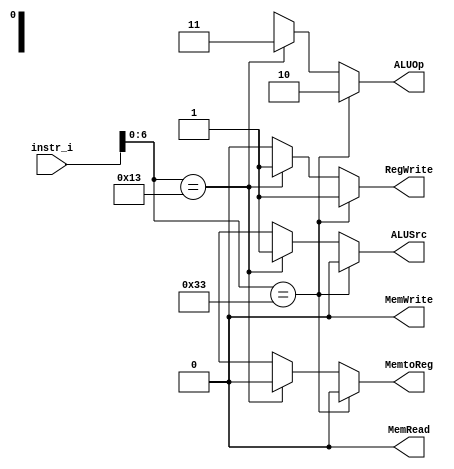
/***************************************************
Student Name:  
Student ID: 0716080 0716203
***************************************************/

`timescale 1ns/1ps

module Decoder(
	input [31:0] 	instr_i,
	output          ALUSrc,
	output          MemtoReg,
	output          RegWrite,
	output          MemRead,
	output          MemWrite,
	output [1:0]	ALUOp
	);

/* Write your code HERE */
wire [6:0] opcode;
assign opcode = instr_i[6:0];

assign ALUOp = (opcode == 7'b0110011)?2'b10: //R-type
			   (opcode == 7'b0010011)?2'b11: //I-type
			   2'bxx;
				
assign ALUSrc = (opcode == 7'b0110011)?0: //R-type
				(opcode == 7'b0010011)?1: //I-type
				1'bx;
				
assign MemtoReg = (opcode == 7'b0110011)?0: //R-type
				  (opcode == 7'b0010011)?0: //I-type
				  1'bx;

assign RegWrite = (opcode == 7'b0110011)?1: //R-type
				  (opcode == 7'b0010011)?1: //I-type
				  0; //default
				  
assign MemRead  = 0;
assign MemWrite = 0;

endmodule